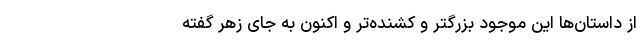
از داستان‌ها این موجود بزرگتر و کشنده‌تر و اکنون به جای زهر گفته